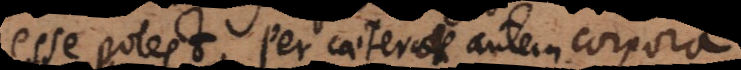
esse potest. Per caetera autem corpora